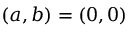
( a , b ) = ( 0 , 0 )